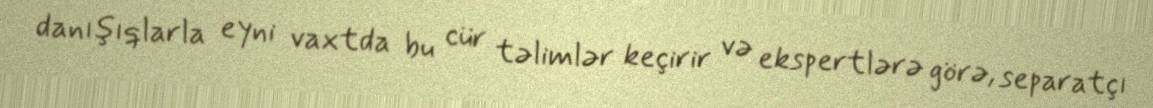
danışıqlarla eyni vaxtda bu cür təlimlər keçirir və ekspertlərə görə, separatçı